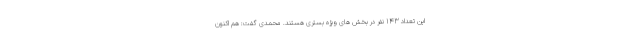
این تعداد 143 نفر در بخش های ویژه بستری هستند. محمدی گفت: هم اکنون